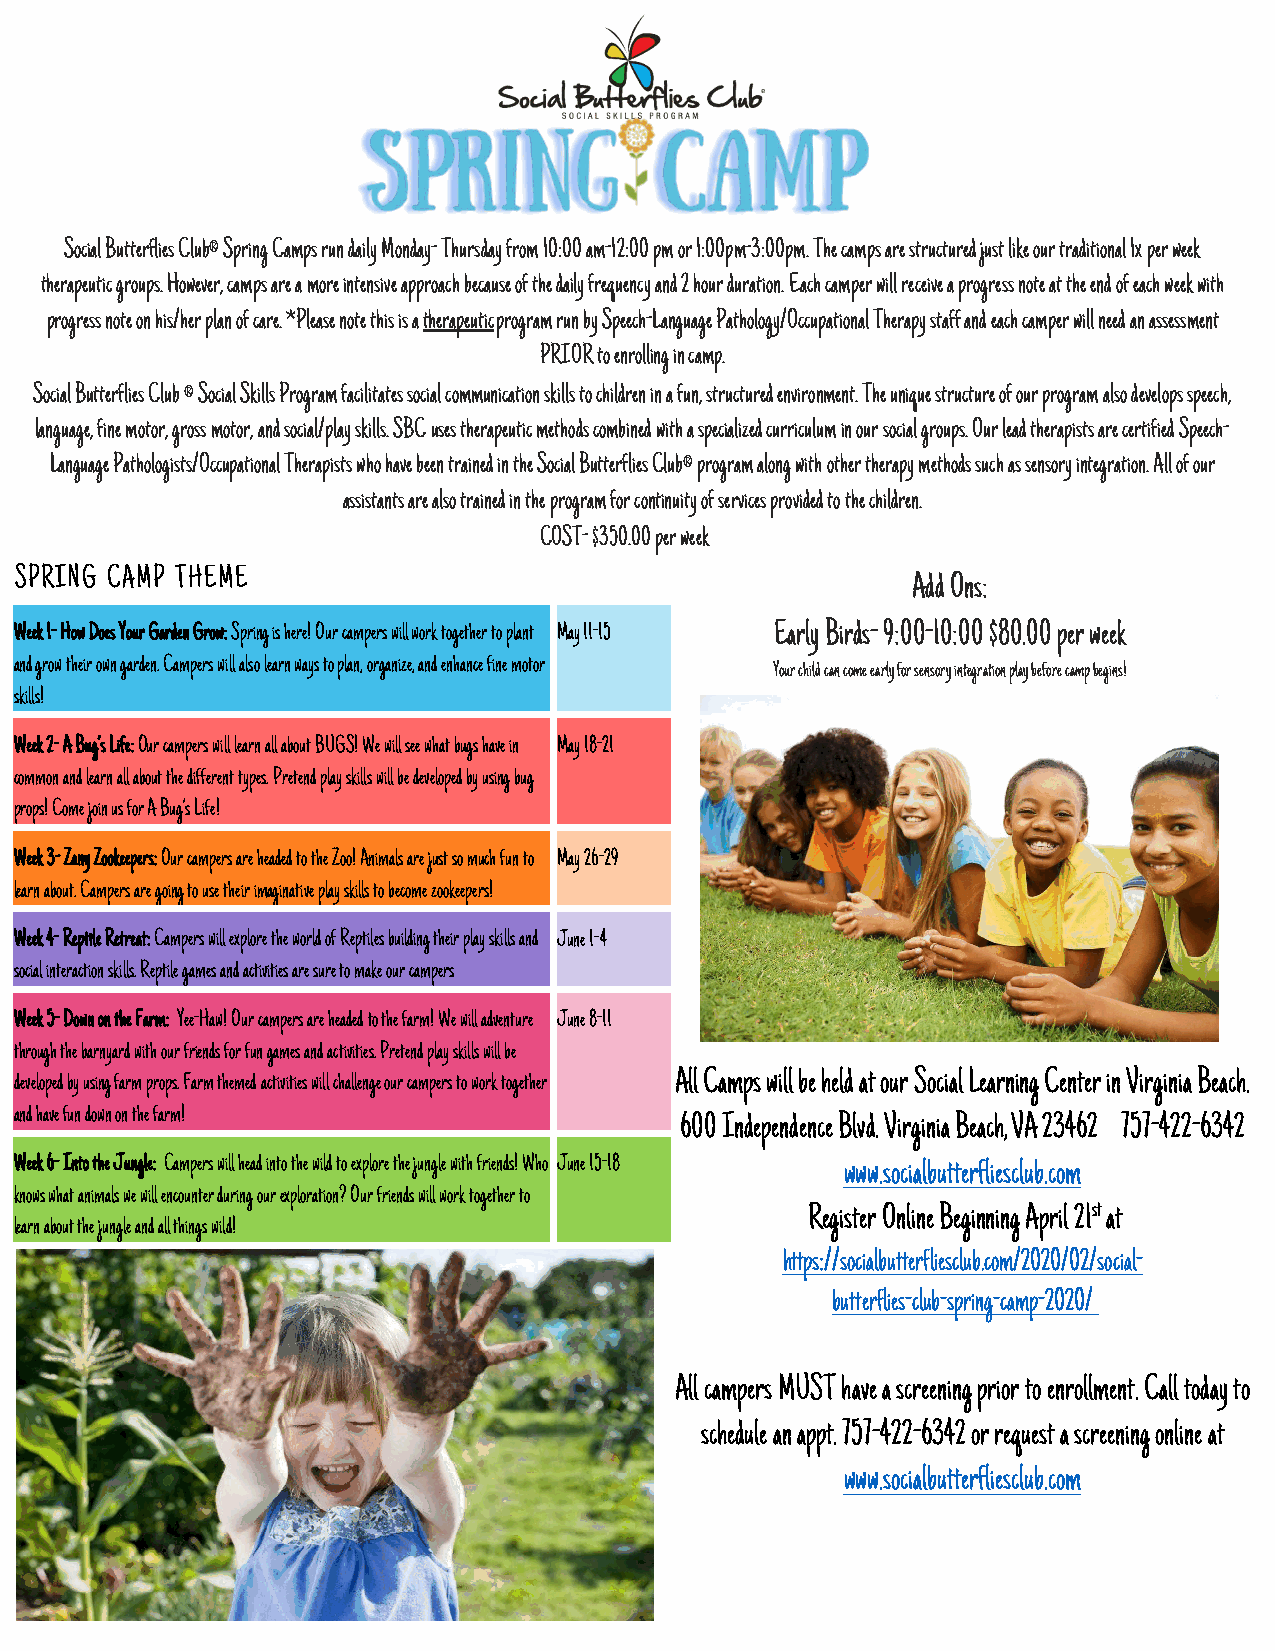
Social Butterflies Club® Spring Camps run daily Monday- Thursday from 10:00 am-12:00 pm or 1:00pm-3:00pm. The camps are structured just like our traditional 1x per week
 therapeutic groups. However, camps are a more intensive approach because of the daily frequency and 2 hour duration. Each camper will receive a progress note at the end of each week with
 progress note on his/her plan of care. *Please note this is a therapeutic program run by Speech-Language Pathology/Occupational Therapy staff and each camper will need an assessment
 PRIOR to enrolling in camp.
 Social Butterflies Club ® Social Skills Program facilitates social communication skills to children in a fun, structured environment. The unique structure of our program also develops speech,
 language, fine motor, gross motor, and social/play skills. SBC uses therapeutic methods combined with a specialized curriculum in our social groups. Our lead therapists are certified Speech-
 Language Pathologists/Occupational Therapists who have been trained in the Social Butterflies Club® program along with other therapy methods such as sensory integration. All of our
 assistants are also trained in the program for continuity of services provided to the children.
 COST- $350.00 per week
 SPRING CAMP THEME
 Add Ons:
 Week 1- How Does Your Garden Grow: Spring is here! Our campers will work together to plant May 11-15 Early Birds- 9:00-10:00 $80.00 per week
 and grow their own garden. Campers will also learn ways to plan, organize, and enhance fine motor
 Your child can come early for sensory integration play before camp begins!
 skills!
 Week 2- A Bug’s Life: Our campers will learn all about BUGS! We will see what bugs have in May 18-21
 common and learn all about the different types. Pretend play skills will be developed by using bug
 props! Come join us for A Bug’s Life!
 Week 3- Zany Zookeepers: Our campers are headed to the Zoo! Animals are just so much fun to May 26-29
 learn about. Campers are going to use their imaginative play skills to become zookeepers!
 Week 4- Reptile Retreat: Campers will explore the world of Reptiles building their play skills and June 1-4
 social interaction skills. Reptile games and activities are sure to make our campers
 Week 5- Down on the Farm: Yee-Haw! Our campers are headed to the farm! We will adventure June 8-11
 through the barnyard with our friends for fun games and activities. Pretend play skills will be
 developed by using farm props. Farm themed activities will challenge our campers to work together All Camps will be held at our Social Learning Center in Virginia Beach.
 and have fun down on the farm!
 600 Independence Blvd. Virginia Beach, VA 23462 757-422-6342
 Week 6- Into the Jungle: Campers will head into the wild to explore the jungle with friends! Who June 15-18 www.socialbutterfliesclub.com
 knows what animals we will encounter during our exploration? Our friends will work together to
 Register Online Beginning April 21st at
 learn about the jungle and all things wild!
 https://socialbutterfliesclub.com/2020/02/social-
 butterflies-club-spring-camp-2020/
 All campers MUST have a screening prior to enrollment. Call today to
 schedule an appt. 757-422-6342 or request a screening online at
 www.socialbutterfliesclub.com